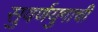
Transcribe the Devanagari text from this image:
सुवर्णयुगाची